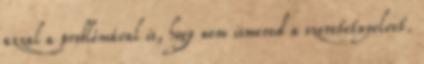
azzal a problémával is, hogy nem ismered a szeretetnyelvet.